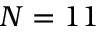
N = 1 1